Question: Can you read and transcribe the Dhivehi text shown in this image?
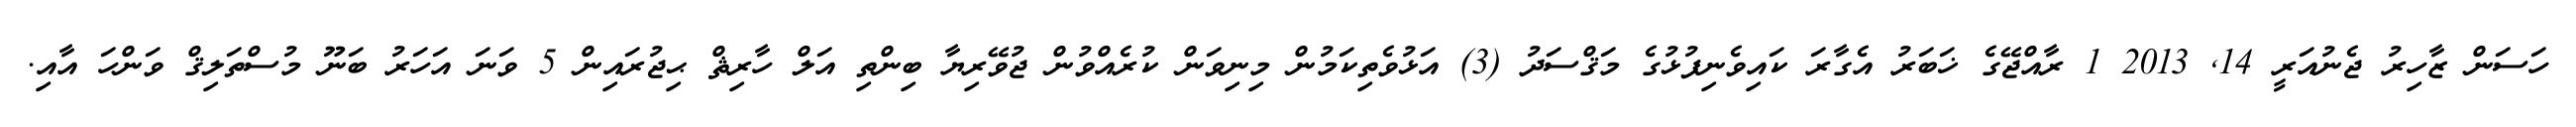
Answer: ހަސަން ޒާހިރު ޖެނުއަރީ 14, 2013 1 ރާއްޖޭގެ ޚަބަރު އެގާރަ ކައިވެނިފުޅުގެ މަޤްސަދު (3) އަޅުވެތިކަމުން މިނިވަން ކުރެއްވުން ޖުވޭރިޔާ ބިންތި އަލް ހާރިޘް ޙިޖުރައިން 5 ވަނަ އަހަރު ބަނޫ މުސްތަލިޤް ވަންހަ އާއި.